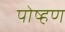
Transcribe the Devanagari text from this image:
पोष्हण